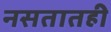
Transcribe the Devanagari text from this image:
नसतातही